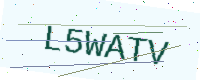
Text: L5WATV